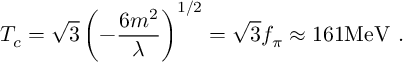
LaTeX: T _ { c } = \sqrt { 3 } \left( - \frac { 6 m ^ { 2 } } { \lambda } \right) ^ { 1 / 2 } = \sqrt { 3 } f _ { \pi } \approx 1 6 1 \mathrm { M e V ~ . }